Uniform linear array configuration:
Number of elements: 48
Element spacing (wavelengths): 0.75
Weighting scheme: hamming
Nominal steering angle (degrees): -60
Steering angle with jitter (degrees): -58.898
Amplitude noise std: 0.05
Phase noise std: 0.05

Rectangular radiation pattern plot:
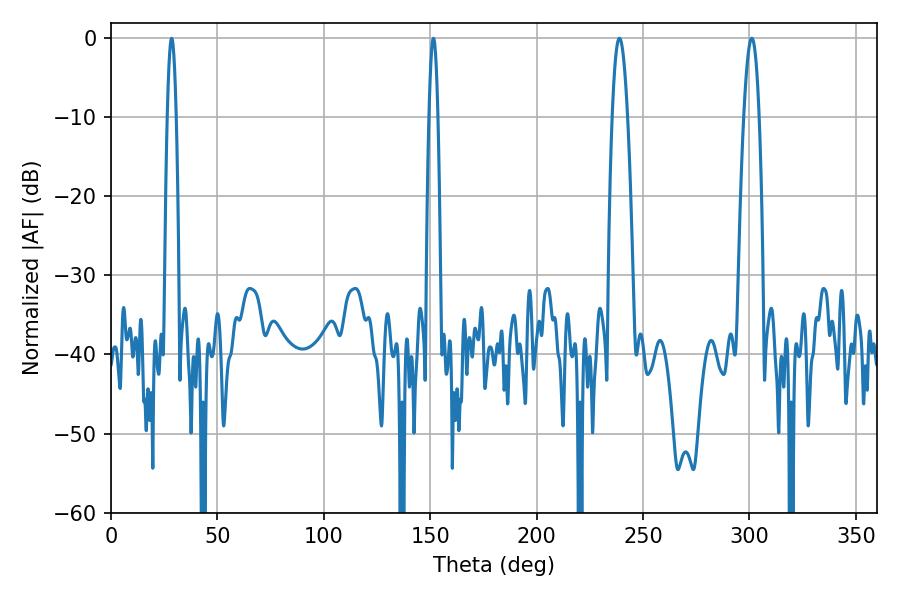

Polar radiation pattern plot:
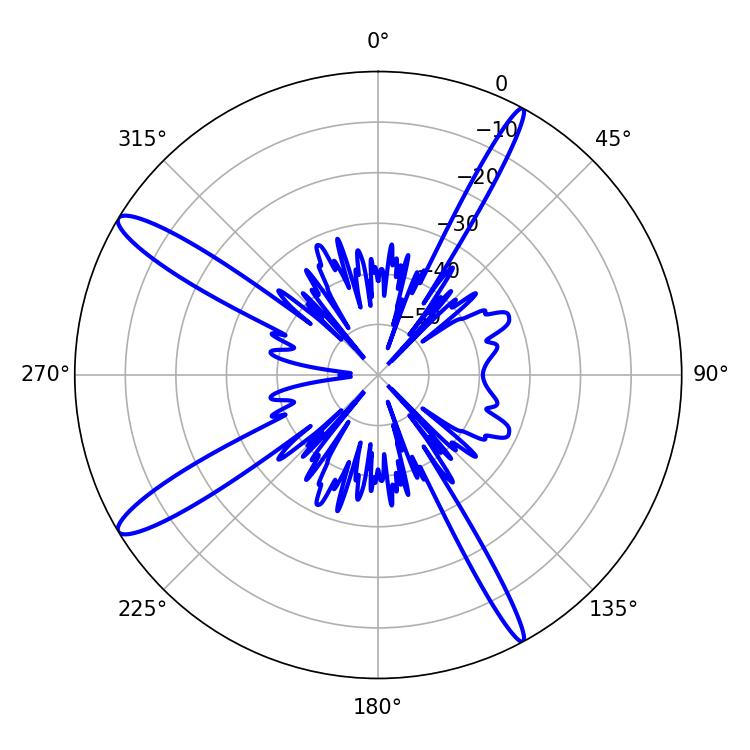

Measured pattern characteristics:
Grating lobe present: TRUE
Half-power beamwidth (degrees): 3.78
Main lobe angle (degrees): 238.86